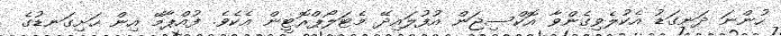
ހުންނަ ދަނގަޑު އެކުލެވިގެންވާ އޮކްސިޖަން އުފުލައިދޭ މެޓަލޯޕްރޮޓީން އެކެވެ. ފުއްޕާމޭ އިން ހަށިގަނޑުގެ